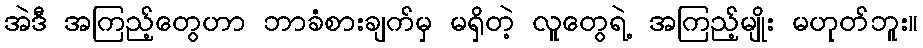
အဲဒီ အကြည့်တွေဟာ ဘာခံစားချက်မှ မရှိတဲ့ လူတွေရဲ့ အကြည့်မျိုး မဟုတ်ဘူး။